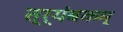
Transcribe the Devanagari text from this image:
त्र्यंबकम्